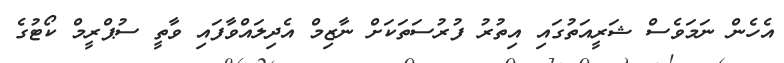
އެހެން ނަމަވެސް ޝަރީއަތުގައި އިތުރު ފުރުސަތަކަށް ނާޒިމް އެދިލައްވާފައި ވާތީ ސުޕްރީމް ކޯޓުގެ